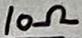
Text: 10Ω